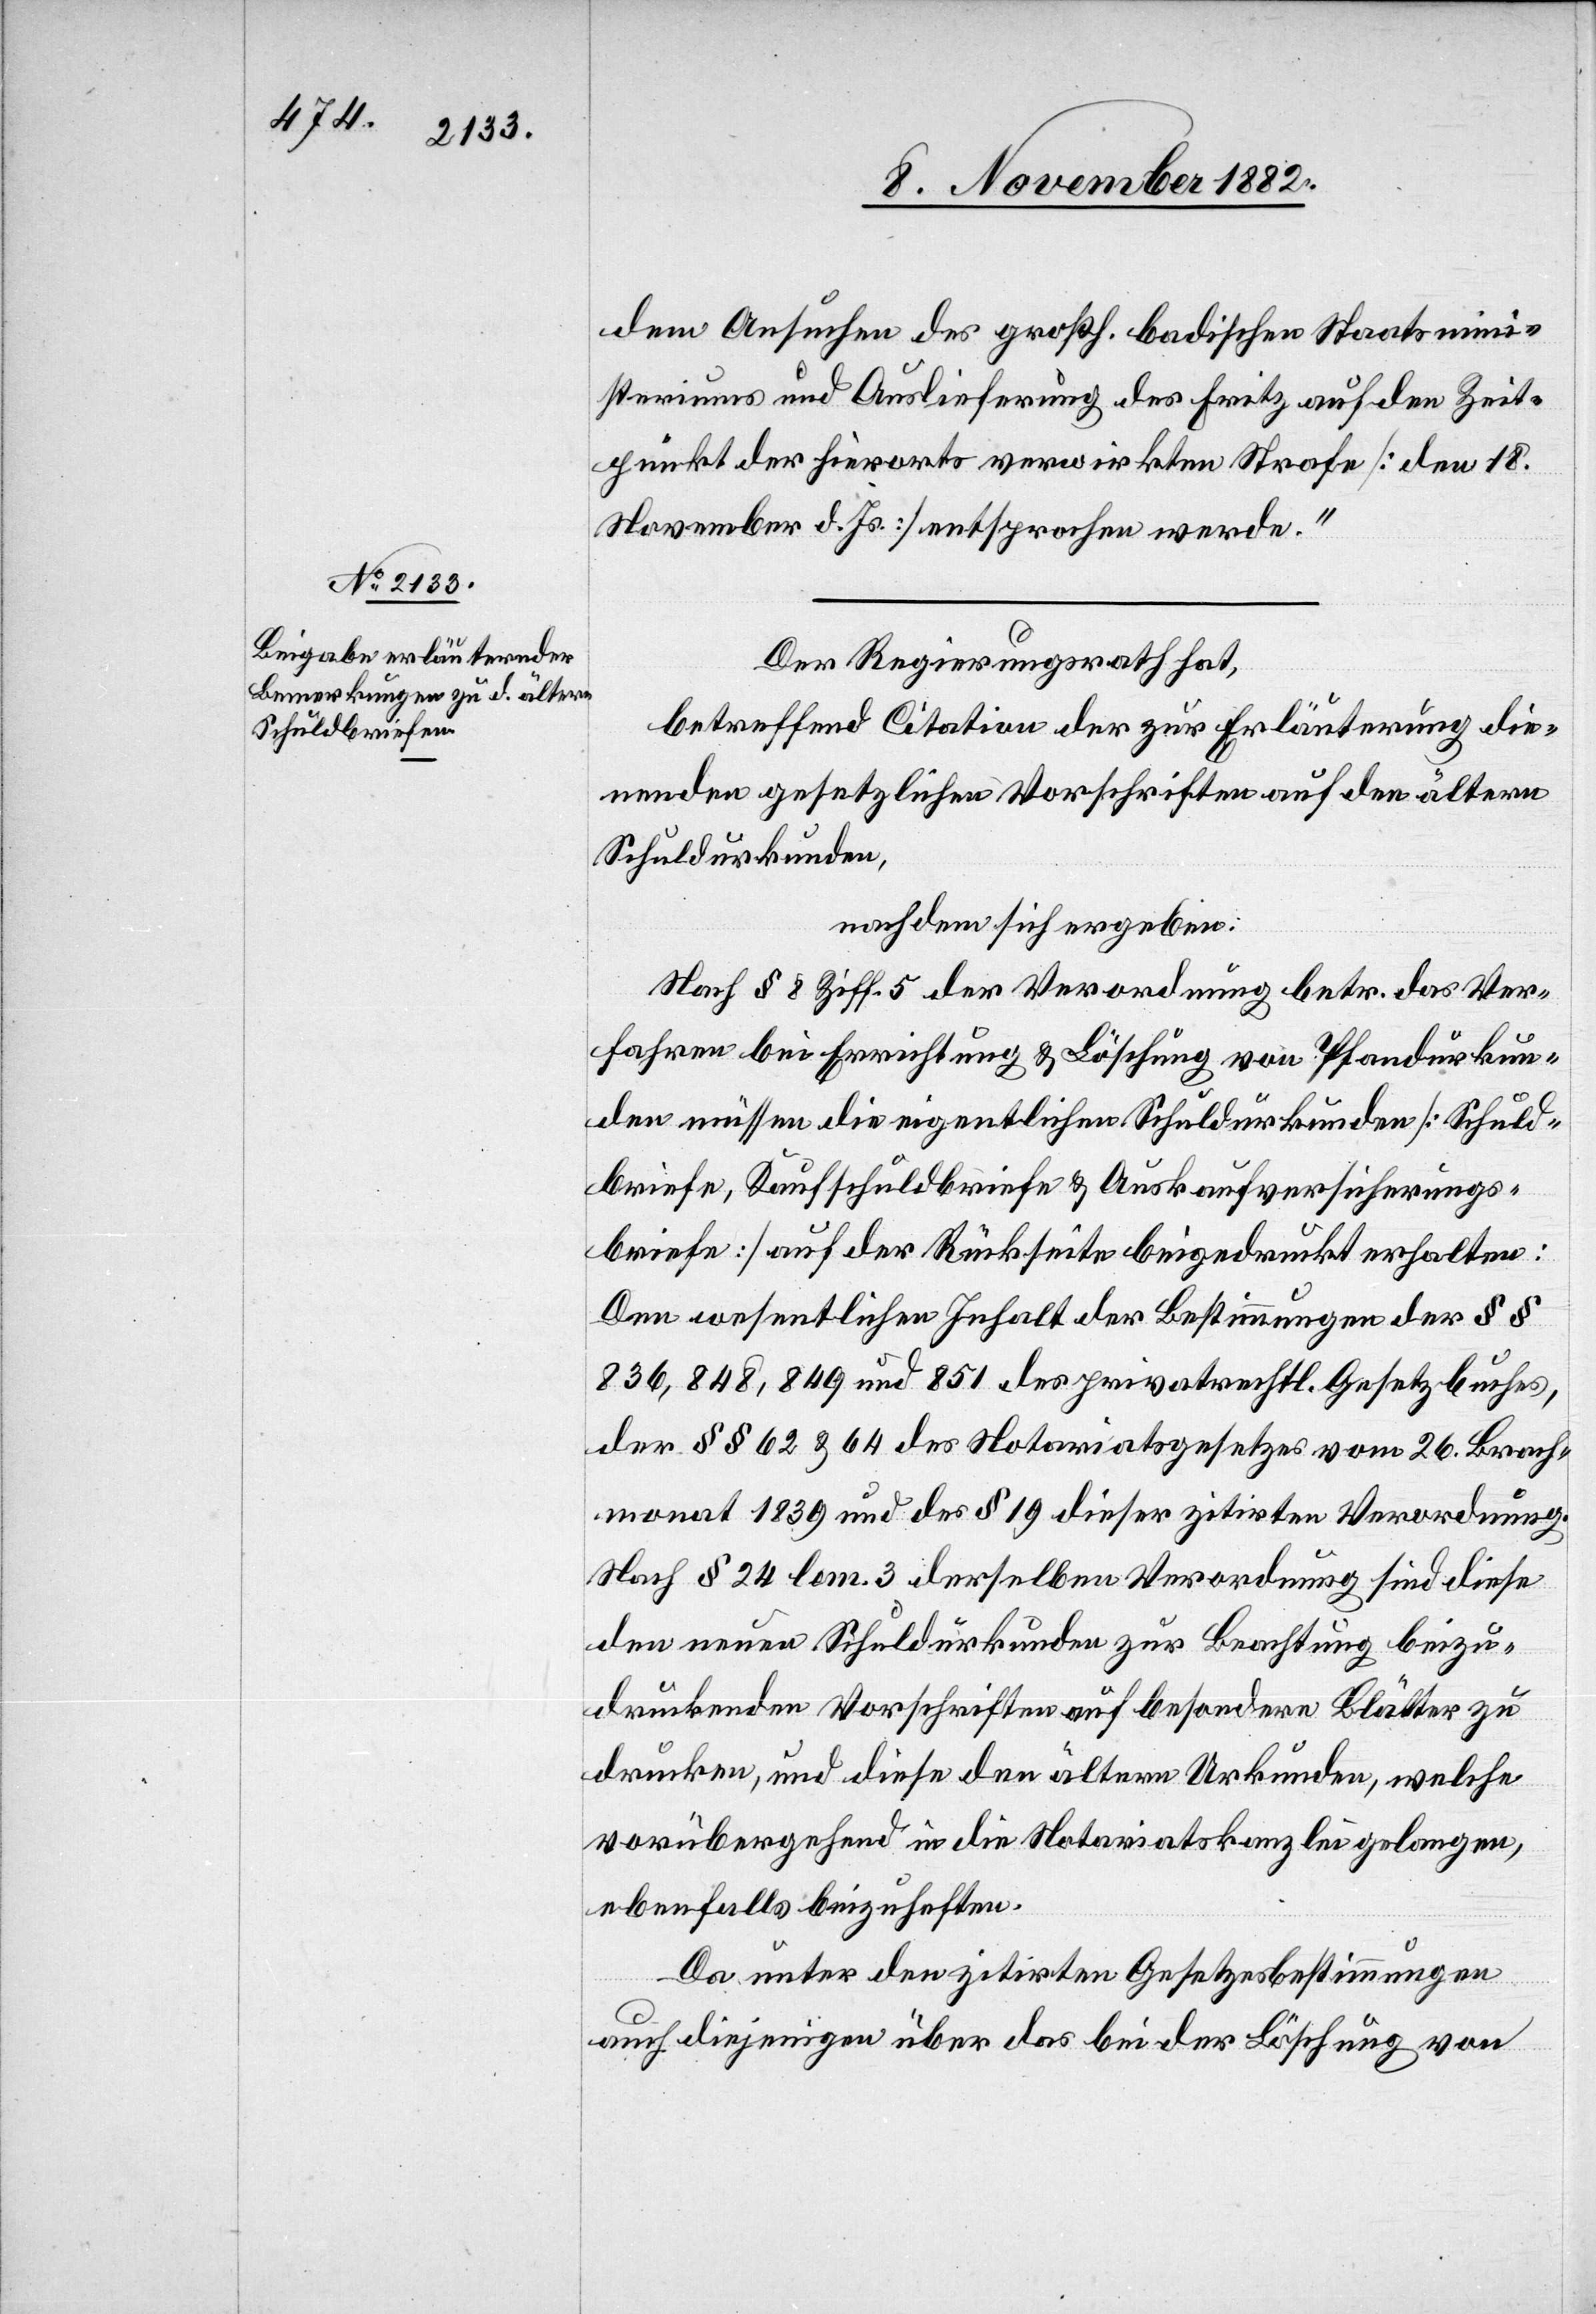
dem Ansuchen des großh. badischen Staatsmini¬
steriums und Auslieferung des Fritz auf den Zeit¬
punkt der hierorts verwirkten Strafe [den 18.
November d. Js.] entsprochen werde.“
Der Regierungsrath hat,
betreffend Citation der zur Erläuterung die¬
nenden gesetzlichen Vorschriften auf den ältern
Schuldurkunden,
nachdem sich ergeben:
Nach § 8 Ziff. 5 der Verordnung betr. das Ver¬
fahren bei Errichtung & Löschung von Pfandurkun¬
den müssen die eigentlichen Schuldurkunden [Schuld¬
briefe, Kaufschuldbriefe & Auskaufversicherungs¬
briefe] auf der Rückseite beigedruckt erhalten:
Den wesentlichen Inhalt der Bestimmungen der §§
836, 848, 849 und 851 des privatrechtl. Gesetzbuches,
der §§ 62 & 64 des Notariatsgesetzes vom 26. Brach¬
monat 1839 und der § 19 dieser zitirten Verordnung.
Nach § 24 lem. 3 derselben Verordnung sind diese
den neuen Schuldurkunden zur Beachtung beizu¬
druckenden Vorschriften auf besondere Blätter zu
drucken, und diese den ältern Urkunden, welche
vorübergehend in die Notariatskanzlei gelangen,
ebenfalls beizuheften.
Da unter den zitirten Gesetzesbestimmungen
auch diejenigen über das bei der Löschung von